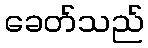
ခေတ်သည်